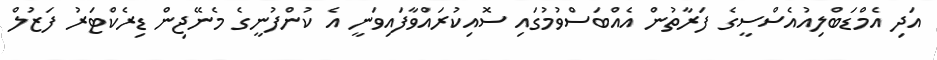
އަދި އެމްޑަބްލިއުއެސްސީގެ ފަރާތުން އެއްބަސްވުމުގައި ސޮއިކުރައްވާފައިވަނީ އެ ކުންފުނީގެ މެނޭޖިން ޑިރެކްޓަރު ފަޒުލް